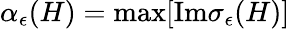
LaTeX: \alpha_{\epsilon}(H)=\mathrm{max}[\mathrm{Im}\sigma_{\epsilon}(H)]